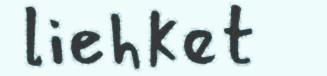
liehket